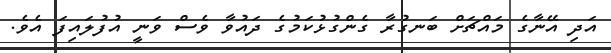
އަދި އޭނާގެ މައްޗަށް ބަނގުރާ ގެންގުޅުކަމުގެ ދައުވާ ވެސް ވަނީ އުފުލައިފަ އެވެ.